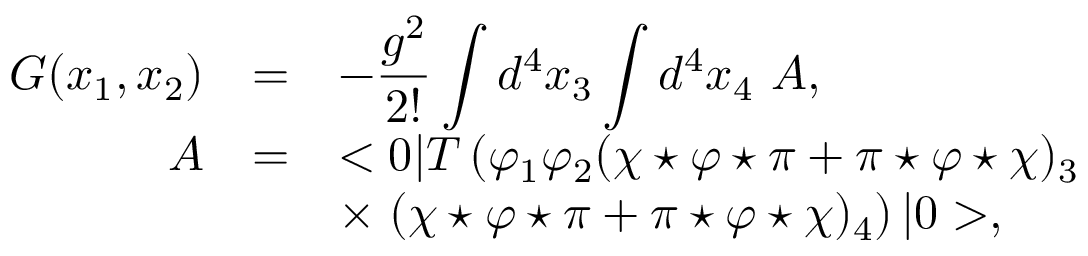
\begin{array} { r c l } { { G ( x _ { 1 } , x _ { 2 } ) } } & { { = } } & { { \displaystyle - \frac { g ^ { 2 } } { 2 ! } \int d ^ { 4 } x _ { 3 } \int d ^ { 4 } x _ { 4 } ~ A , } } \\ { { A } } & { { = } } & { { \displaystyle < 0 | T \left( \varphi _ { 1 } \varphi _ { 2 } ( \chi \star \varphi \star \pi + \pi \star \varphi \star \chi ) _ { 3 } \right. } } \\ { { } } & { { } } & { { \displaystyle \times \left. ( \chi \star \varphi \star \pi + \pi \star \varphi \star \chi ) _ { 4 } \right) | 0 > , } } \end{array}